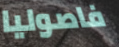
فاصوليا